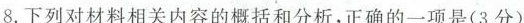
8.下列对材料相关内容的概括和分析，正确的一项是(3分)